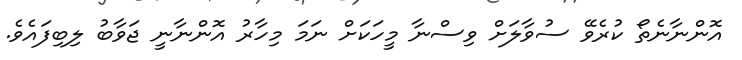
އޮންނާނެތޯ ކުރެވޭ ސުވާލަށް ވިސްނާ މީހަކަށް ނަމަ މިހާރު އޮންނާނީ ޖަވާބު ލިބިފައެވެ.